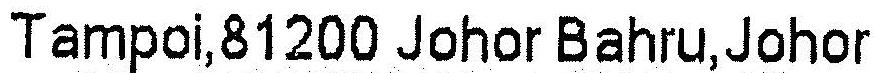
TAMPOI,81200 JOHOR BAHRU,JOHOR